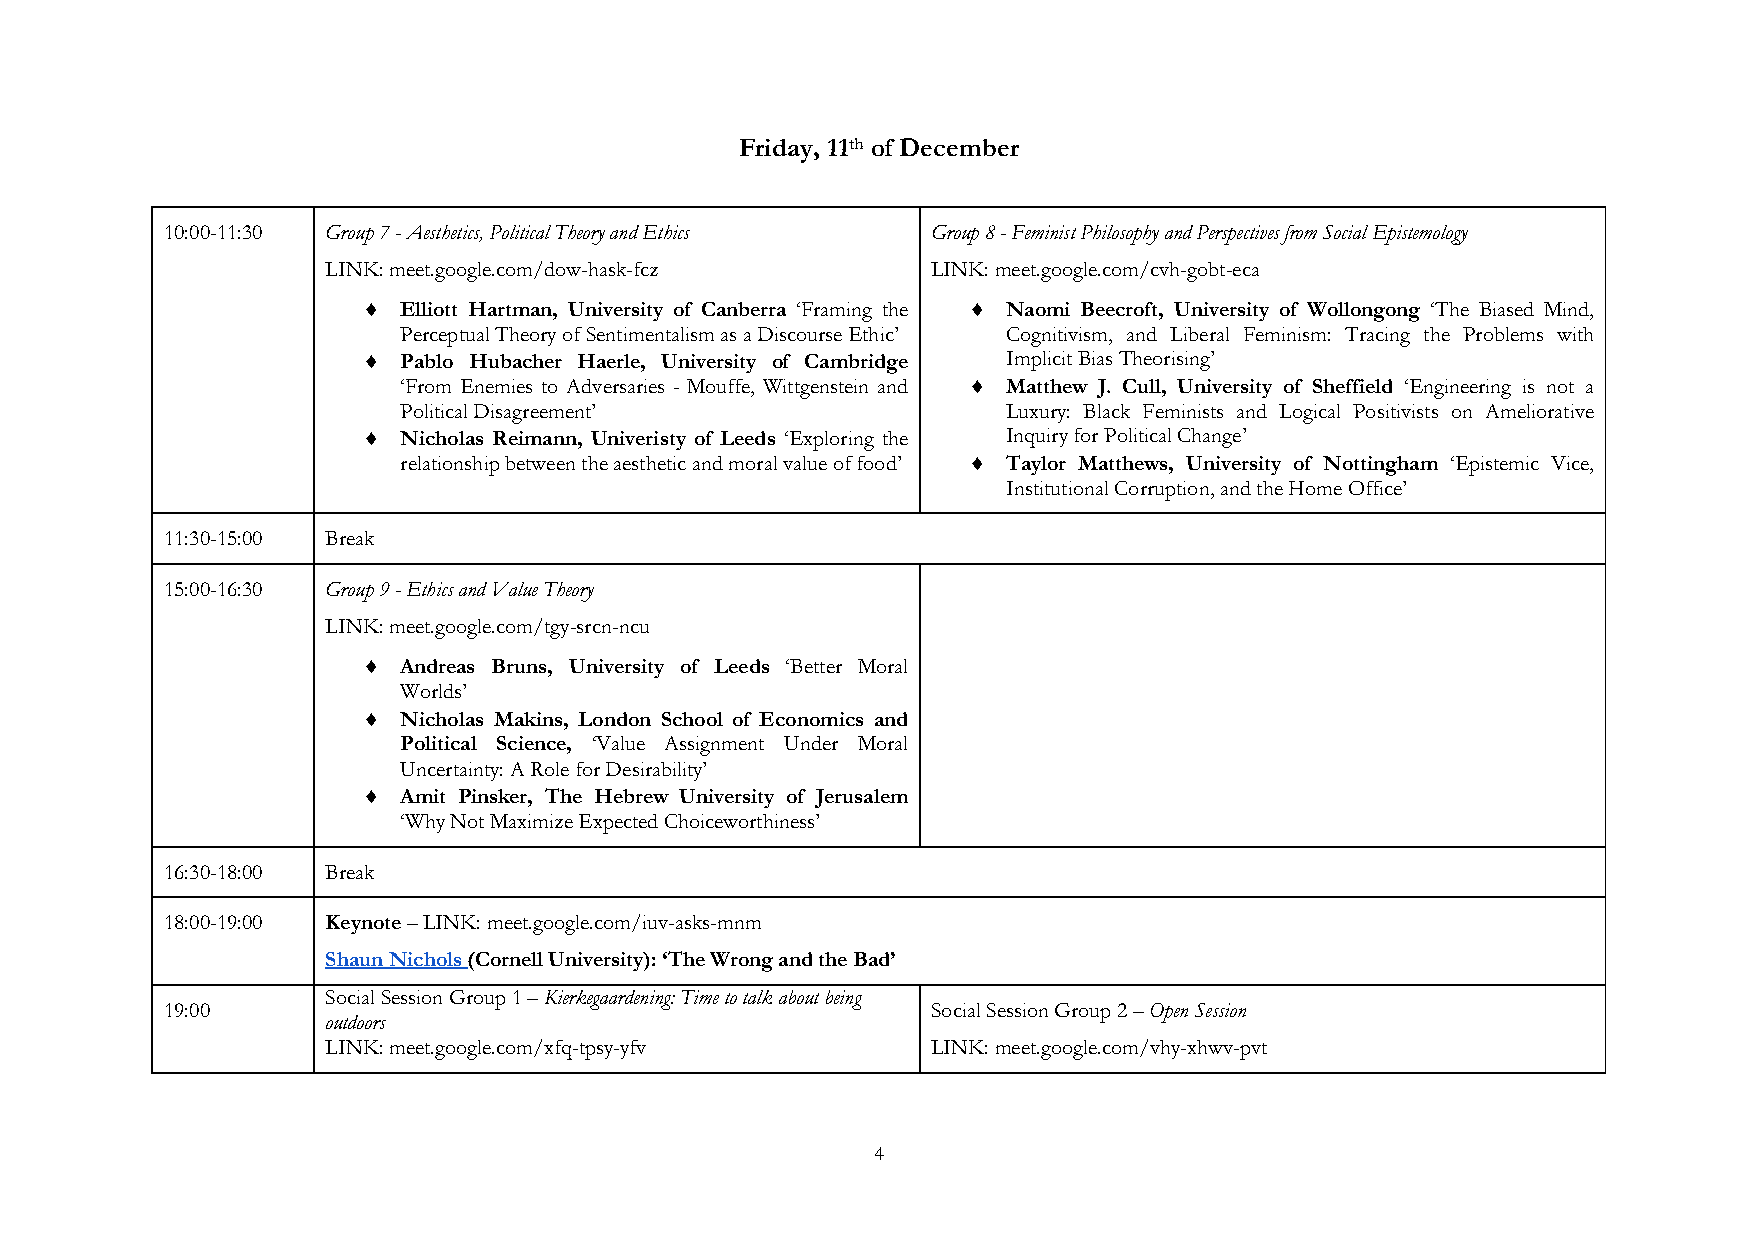
Friday, 11th of December
 10:00-11:30 Group 7 - Aesthetics, Political Theory and Ethics Group 8 - Feminist Philosophy and Perspectives from Social Epistemology
 LINK: meet.google.com/dow-hask-fcz      LINK: meet.google.com/cvh-gobt-eca
 ¨  Elliott Hartman, University of Canberra ‘Framing the ¨ Naomi Beecroft, University of Wollongong ‘The Biased Mind,
 Perceptual Theory of Sentimentalism as a Discourse Ethic’ Cognitivism, and Liberal Feminism: Tracing the Problems with
 ¨  Pablo Hubacher Haerle, University of Cambridge Implicit Bias Theorising’
 ‘From Enemies to Adversaries - Mouffe, Wittgenstein and ¨ Matthew J. Cull, University of Sheffield ‘Engineering is not a
 Political Disagreement’                 Luxury: Black Feminists and Logical Positivists on Ameliorative
 ¨  Nicholas Reimann, Univeristy of Leeds ‘Exploring the Inquiry for Political Change’
 relationship between the aesthetic and moral value of food’ ¨ Taylor Matthews, University of Nottingham ‘Epistemic Vice,
 Institutional Corruption, and the Home Office’
 11:30-15:00 Break
 15:00-16:30 Group 9 - Ethics and Value Theory
 LINK: meet.google.com/tgy-srcn-ncu
 ¨  Andreas Bruns, University of Leeds ‘Better Moral
 Worlds’
 ¨  Nicholas Makins, London School of Economics and
 Political Science, ‘Value Assignment Under Moral
 Uncertainty: A Role for Desirability’
 ¨  Amit Pinsker, The Hebrew University of Jerusalem
 ‘Why Not Maximize Expected Choiceworthiness’
 16:30-18:00 Break
 18:00-19:00 Keynote – LINK: meet.google.com/iuv-asks-mnm
 Shaun Nichols (Cornell University): ‘The Wrong and the Bad’
 Social Session Group 1 – Kierkegaardening: Time to talk about being
 19:00                                              Social Session Group 2 – Open Session
 outdoors
 LINK: meet.google.com/xfq-tpsy-yfv      LINK: meet.google.com/vhy-xhwv-pvt
 4